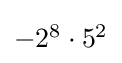
\textstyle -2^{8}\cdot 5^{2}